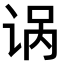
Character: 𫍩